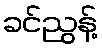
ခင်ညွန့်